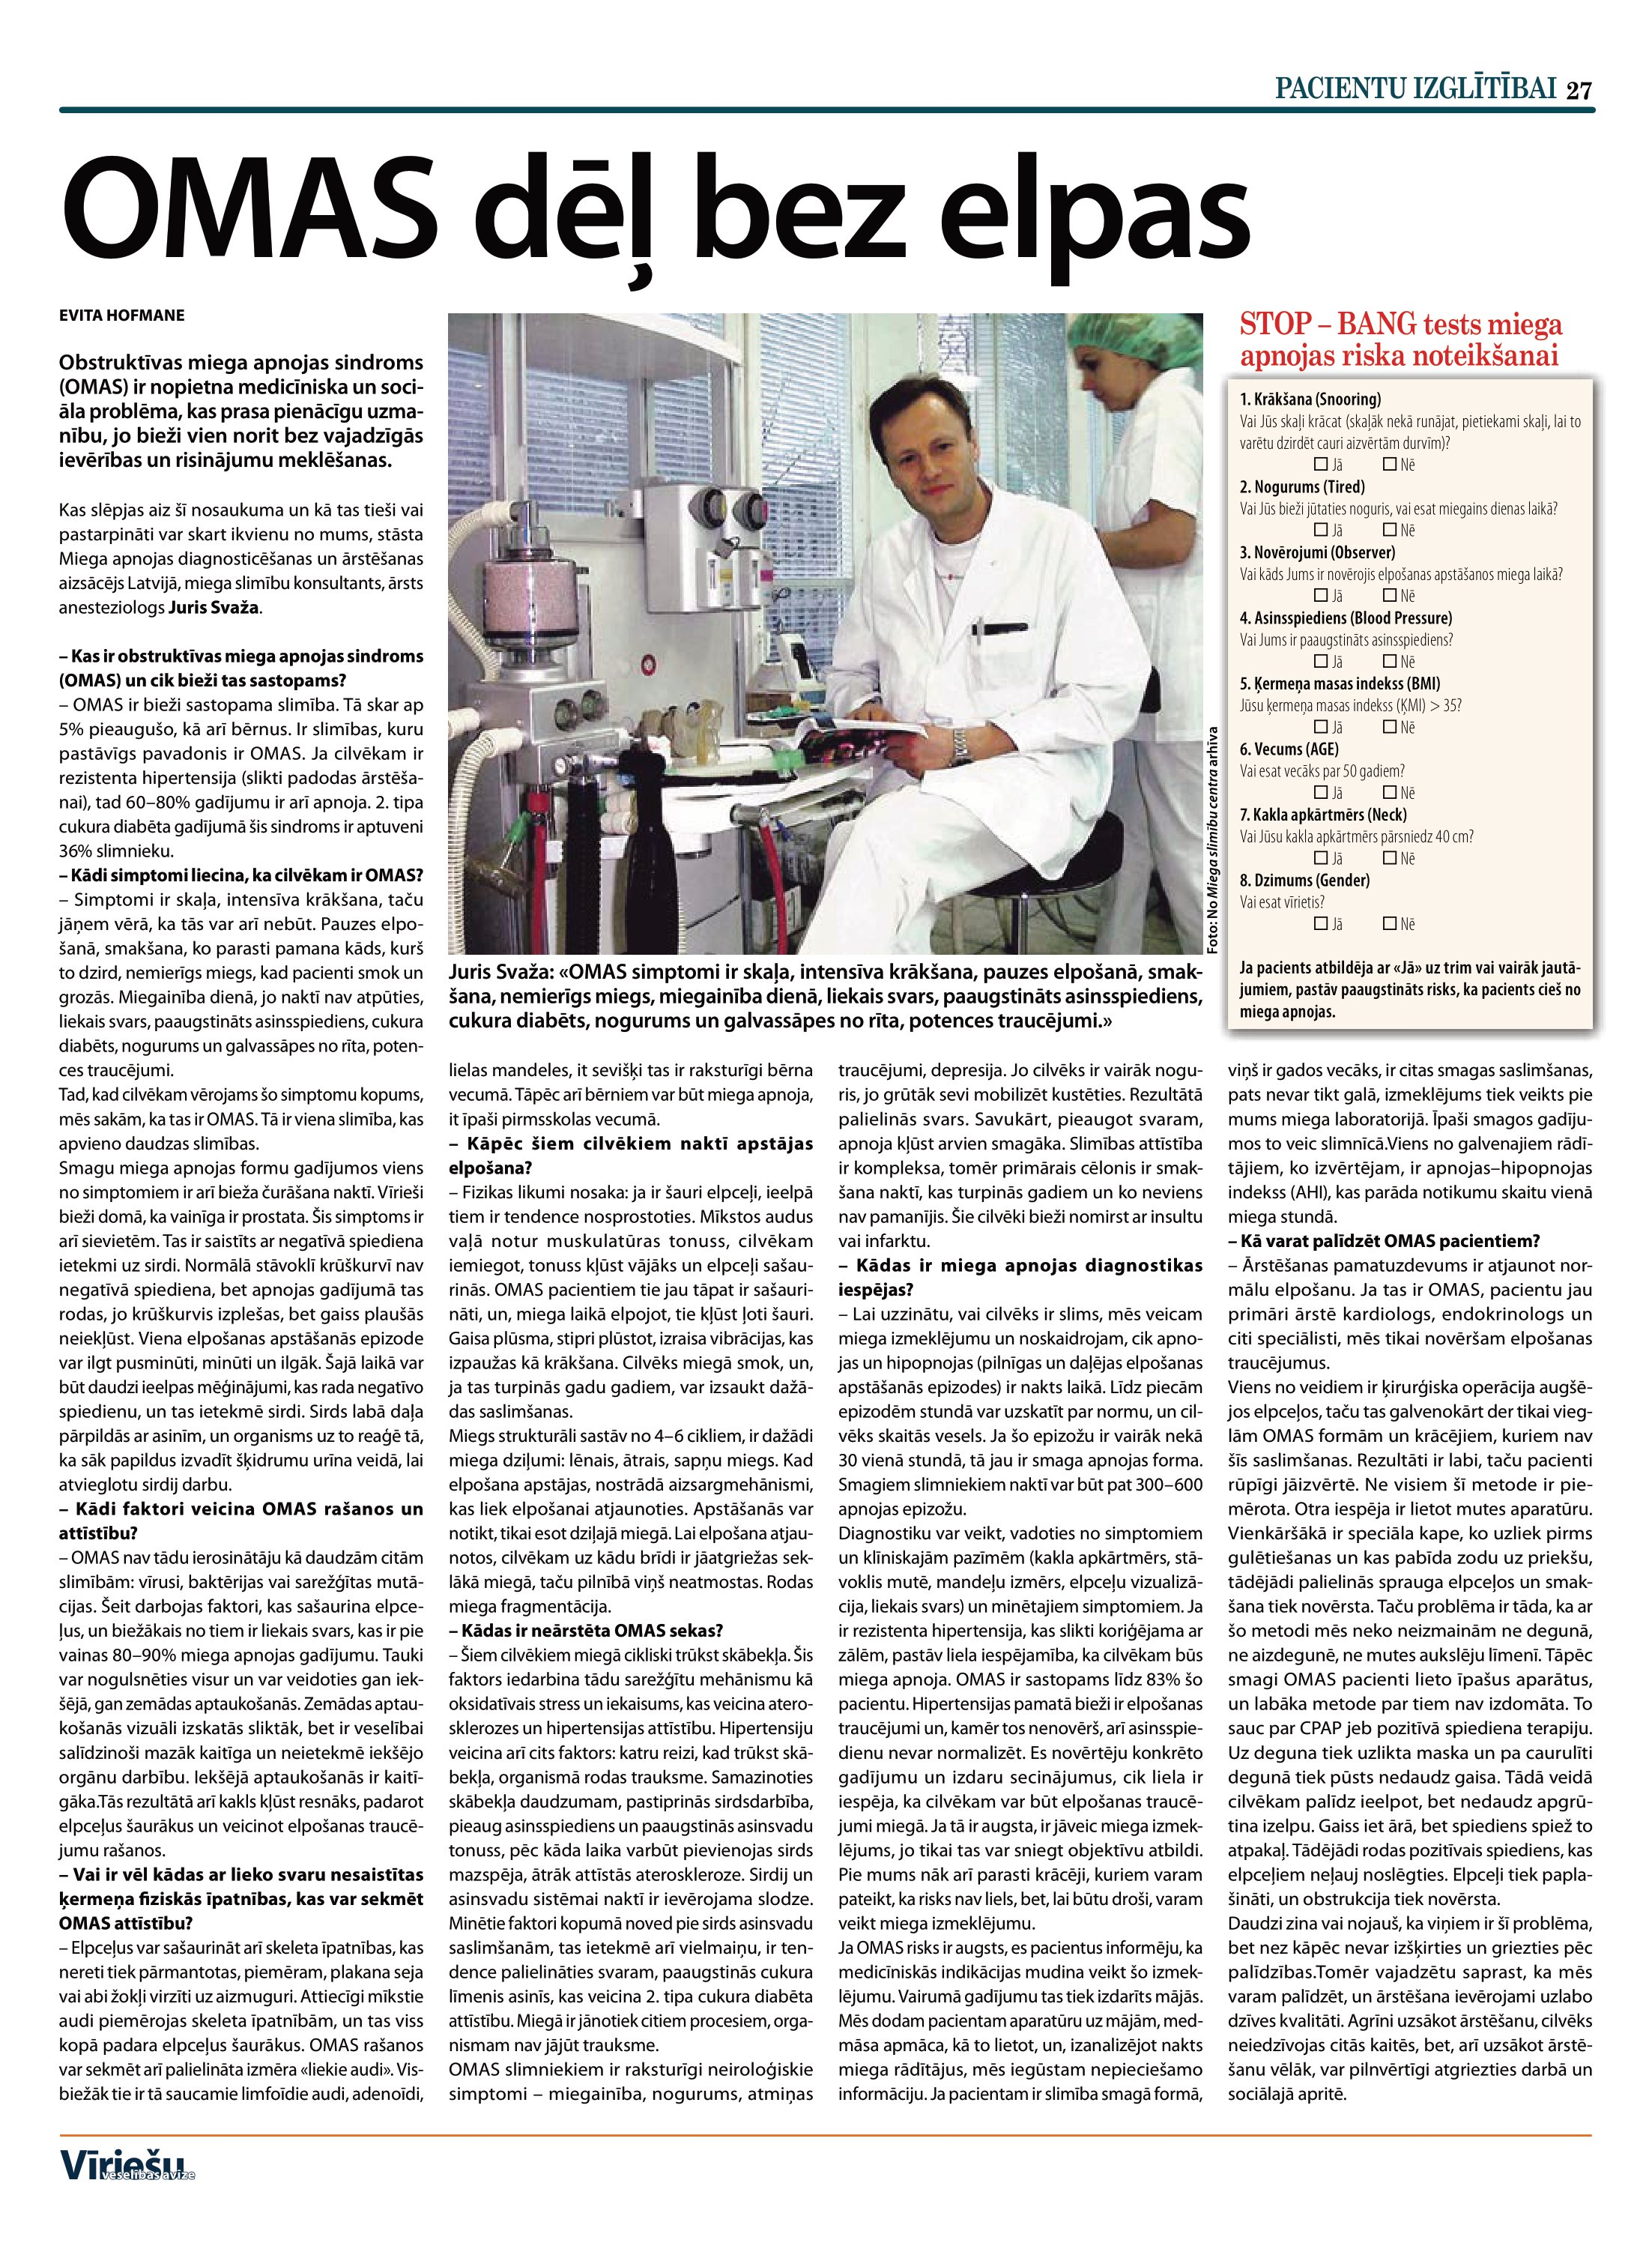
Language: lv